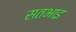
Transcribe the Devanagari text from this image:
सतभाइ